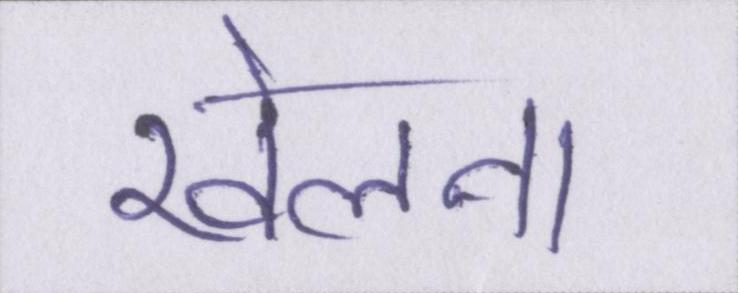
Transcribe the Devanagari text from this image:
खेलना